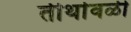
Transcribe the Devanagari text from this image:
तीर्थावळी